Lunatic asylums Madras 1877-1891 - 1877-1891
Year: 1877
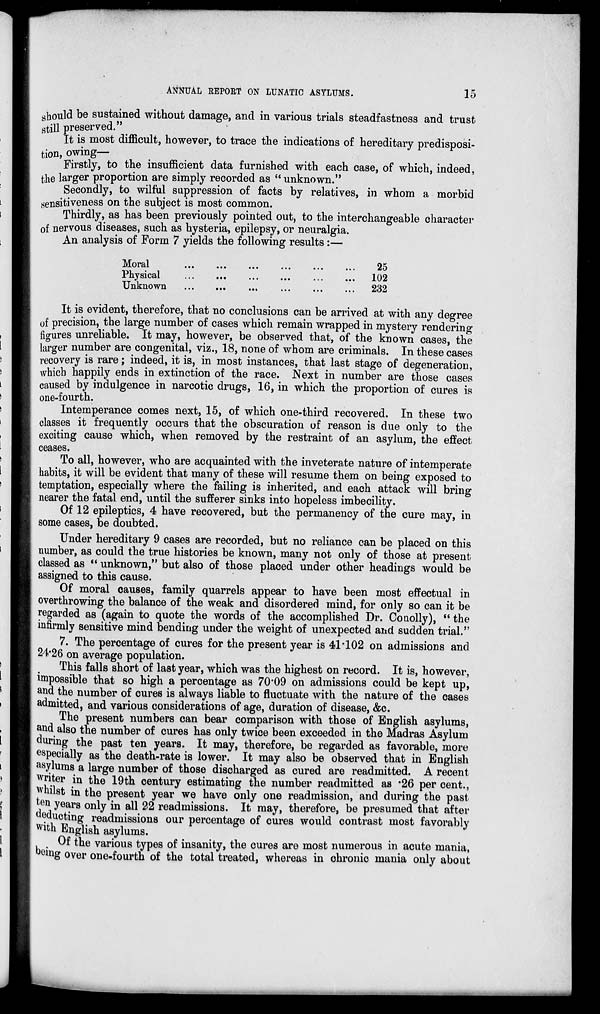
ANNUAL REPORT ON LUNATIC ASYLUMS.
15
should be sustained without damage, and in various trials steadfastness and trust
still preserved."
It is most difficult, however, to trace the indications of hereditary predisposi-
tion, owing—
Firstly, to the insufficient data furnished with each case, of which, indeed,
the larger proportion are simply recorded as " unknown."
Secondly, to wilful suppression of facts by relatives, in whom a morbid
sensitiveness on the subject is most common.
Thirdly, as has been previously pointed out, to the interchangeable character
of nervous diseases, such as hysteria, epilepsy, or neuralgia.
An analysis of Form 7 yields the following results:—
Moral ... ... ... ... ... ...
Physical
...
...
...
...
...
...
Unknown
...
...
...
...
...
...
25
102
232
It is evident, therefore, that no conclusions can be arrived at with any degree
of precision, the large number of cases which remain wrapped in mystery rendering
figures unreliable. It may, however, be observed that, of the known cases, the
larger number are congenital, viz., 18, none of whom are criminals. In these cases
recovery is rare; indeed, it is, in most instances, that last stage of degeneration,
which happily ends in extinction of the race. Next in number are those cases
caused by indulgence in narcotic drugs, 16, in which the proportion of cures is
one-fourth.
Intemperance comes next, 15, of which one-third recovered. In these two
classes it frequently occurs that the obscuration of reason is due only to the
exciting cause which, when removed by the restraint of an asylum, the effect
ceases.
To all, however, who are acquainted with the inveterate nature of intemperate
habits, it will be evident that many of these will resume them on being exposed to
temptation, especially where the failing is inherited, and each attack will bring
nearer the fatal end, until the sufferer sinks into hopeless imbecility.
Of 12 epileptics, 4 have recovered, but the permanency of the cure may, in
some cases, be doubted.
Under hereditary 9 cases are recorded, but no reliance can be placed on this
number, as could the true histories be known, many not only of those at present
classed as " unknown," but also of those placed under other headings would be
assigned to this cause.
Of moral causes, family quarrels appear to have been most effectual in
overthrowing the balance of the weak and disordered mind, for only so can it be
regarded as (again to quote the words of the accomplished Dr. Conolly), " the
infirmly sensitive mind bending under the weight of unexpected and sudden trial."
7. The percentage of cures for the present year is 41.102 on admissions and
24.26 on average population.
This falls short of last year, which was the highest on record. It is, however,
impossible that so high a percentage as 70.09 on admissions could be kept up,
and the number of cures is always liable to fluctuate with the nature of the cases
admitted, and various considerations of age, duration of disease, &c.
The present numbers can bear comparison with those of English asylums,
and also the number of cures has only twice been exceeded in the Madras Asylum
during the past ten years. It may, therefore, be regarded as favorable, more
especially as the death-rate is lower. It may also be observed that in English
asylums a large number of those discharged as cured are readmitted. A recent
writer in the 19th century estimating the number readmitted as .26 per cent.,
whilst in the present year we have only one readmission, and during the past
ten years only in all 22 readmissions. It may, therefore, be presumed that after
deducting readmissions our percentage of cures would contrast most favorably
with English asylums.
Of the various types of insanity, the cures are most numerous in acute mania,
being over one-fourth of the total treated, whereas in chronic mania only about